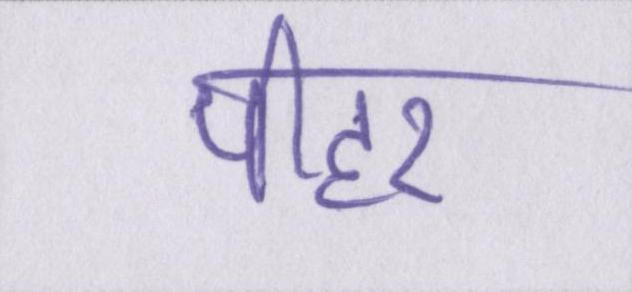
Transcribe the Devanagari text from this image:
पीहर